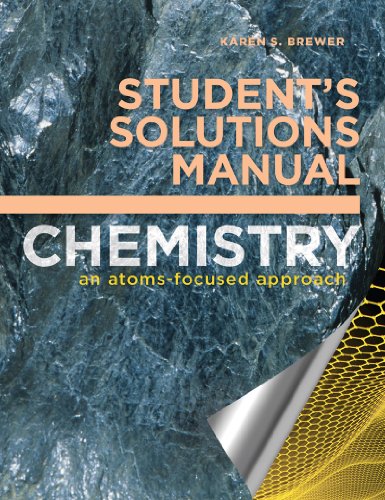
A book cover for Student's Solutions Manual: for Chemistry: An Atoms-Focused Approach; Karen S. Brewer; Science & Math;